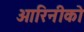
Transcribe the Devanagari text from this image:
ओरिनीको